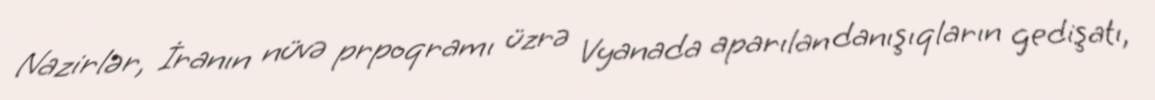
Nazirlər, İranın nüvə prpoqramı üzrə Vyanada aparılan danışıqların gedişatı,